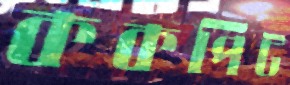
ককপিট